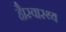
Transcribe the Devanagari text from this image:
है।स्वास्थ्य